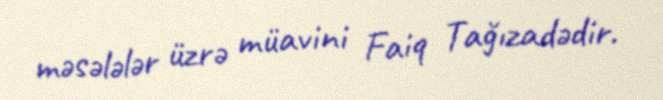
məsələlər üzrə müavini Faiq Tağızadədir.